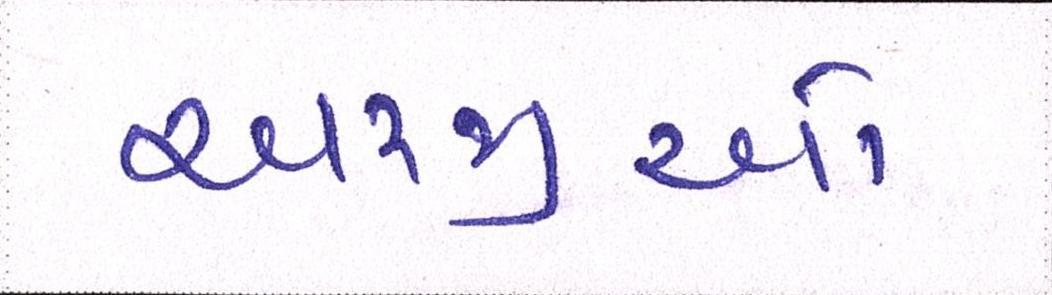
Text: અરજીઓ